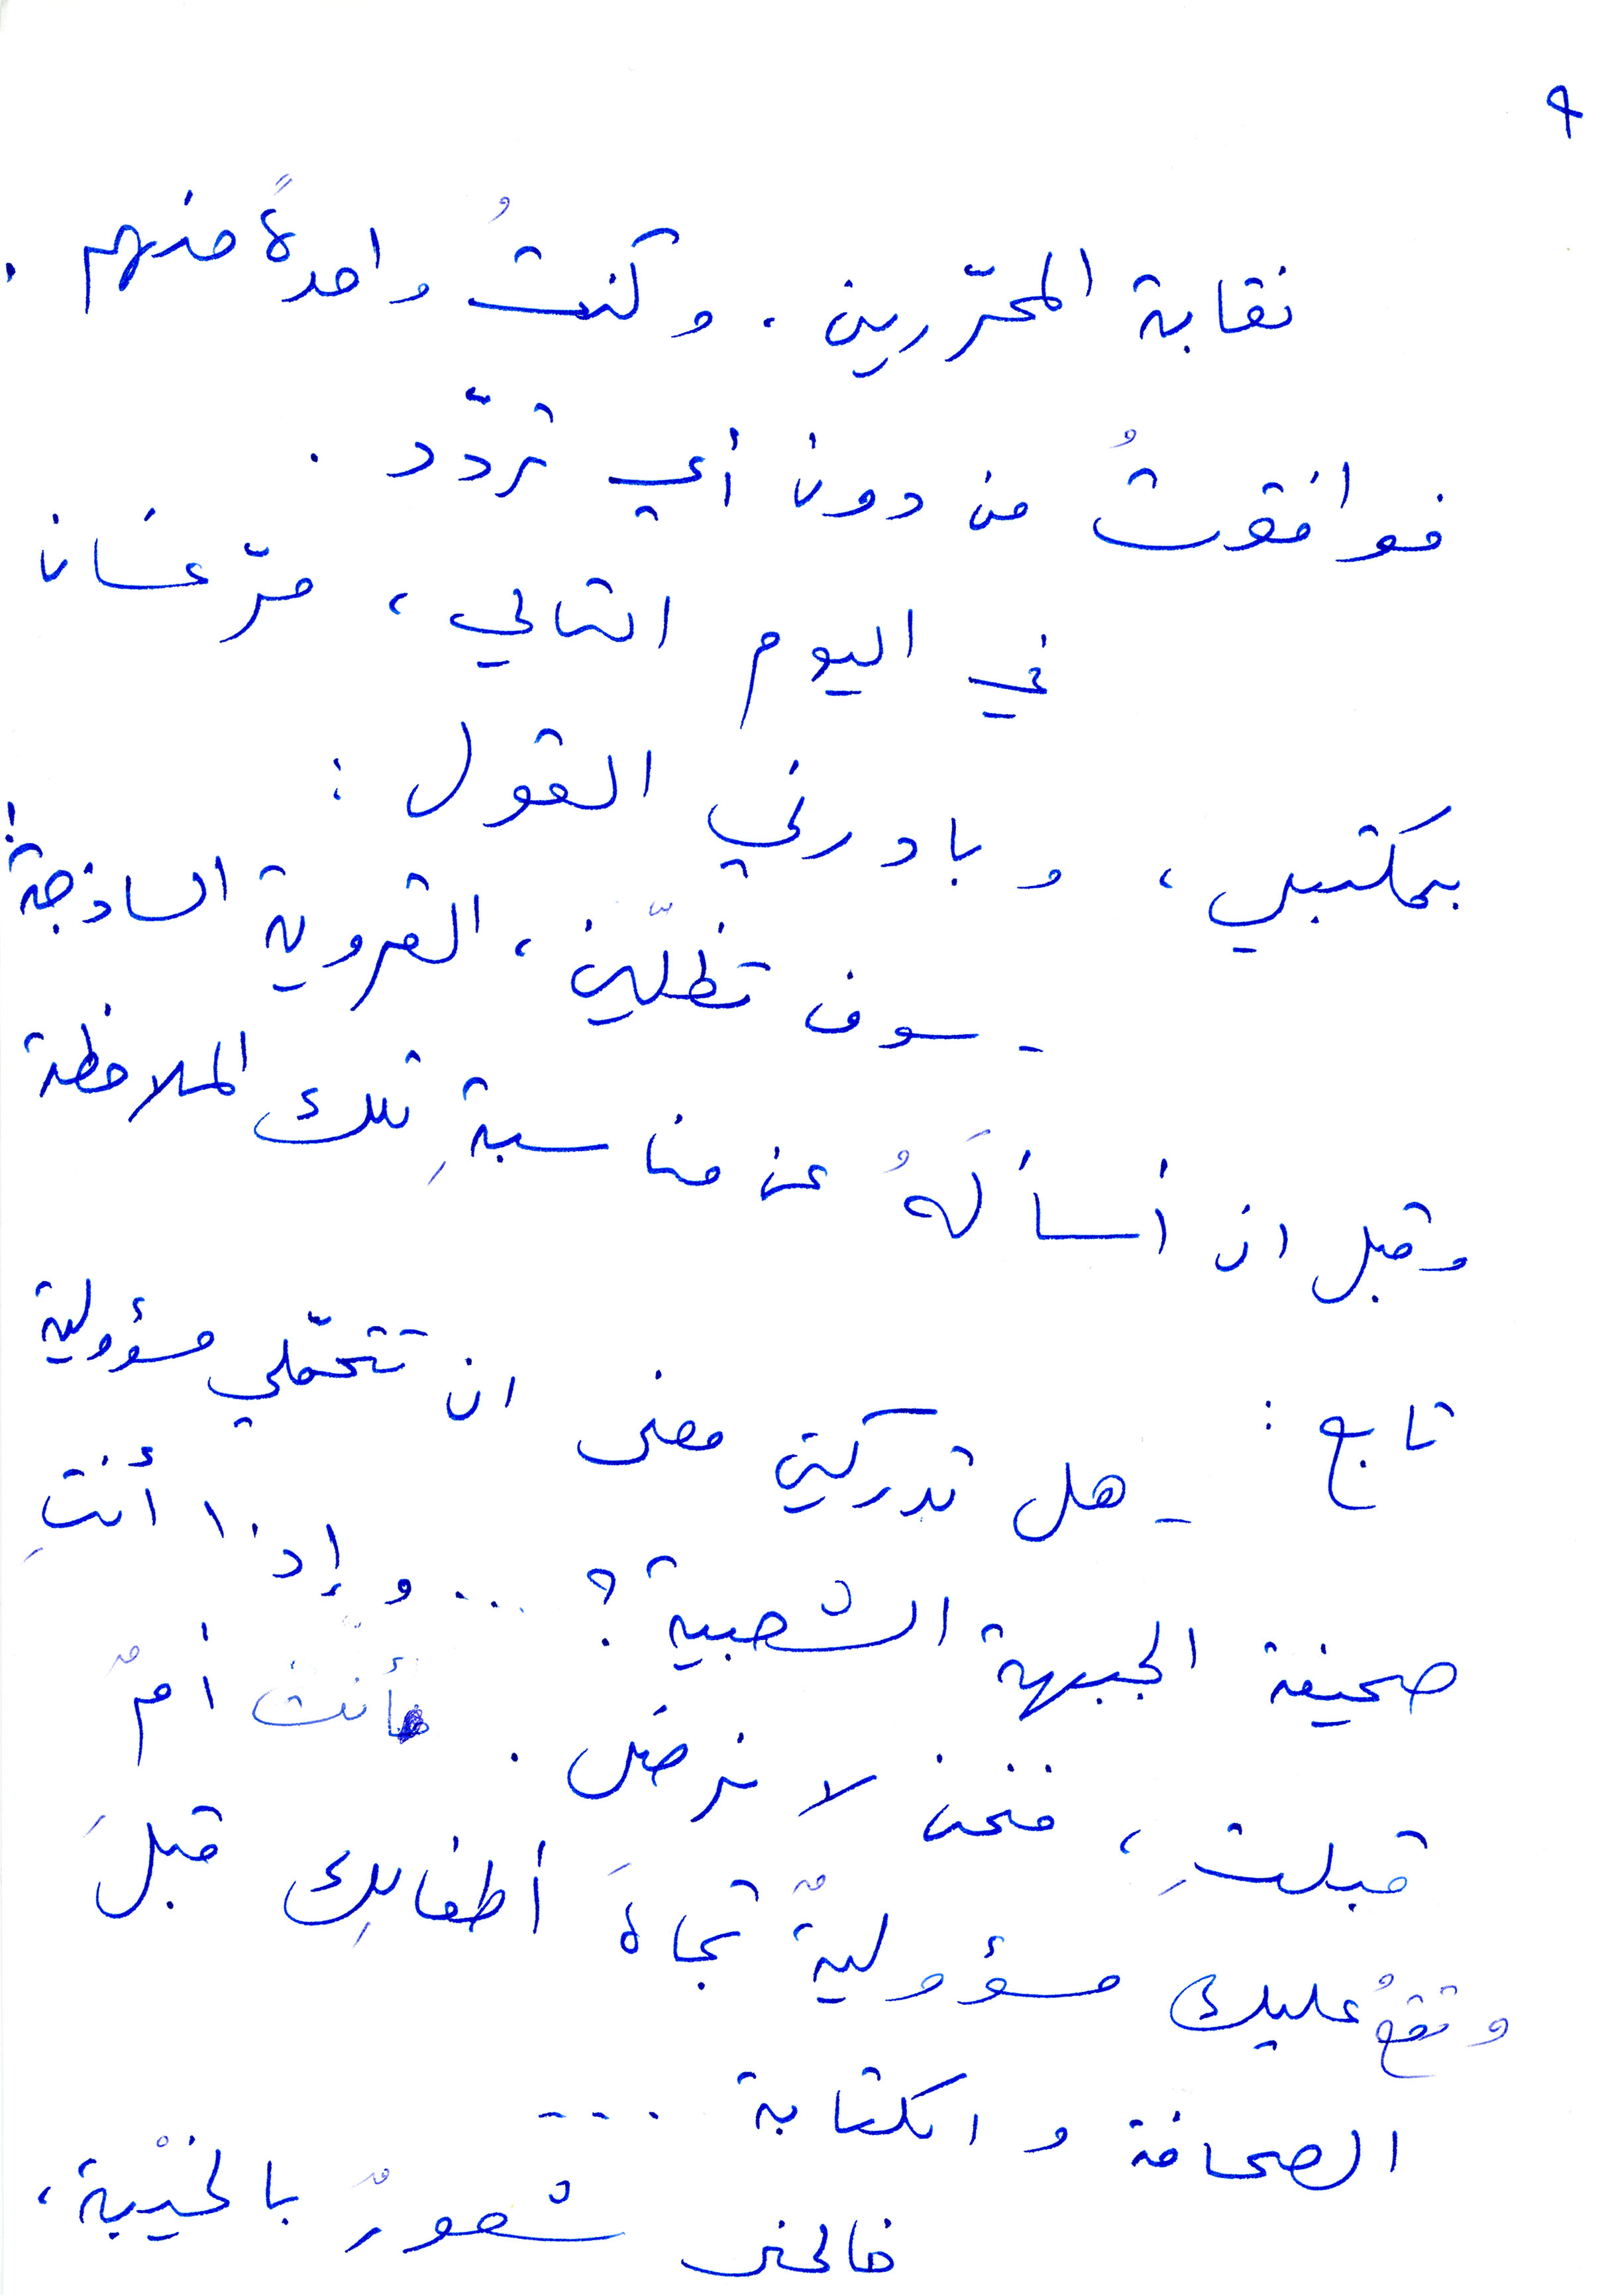
نقابة المحرّرين. وكنت واحدة منهم.
فوافقت من دون أي تردّد.
في اليوم التالي، مرّ غسان
بمكتبي، وبادرني القول:
سوف تظلين، القروية الساذجة!
وقبل أن أسأله عن مناسبة تلك الملاحظة
تابع:
هل تدركين معنى أن تتحمّلي مسؤولية
صحيفة الجبهة الشعبية؟ ... وإذا أنتِ
قبلتِ، فنحن لا نرضى. فأنت أمٌ
وتقع عليك مسؤولية تجاه أطفالك قبل
الصحافة أو الكتابة...
خاجلني شعور بالخيبة